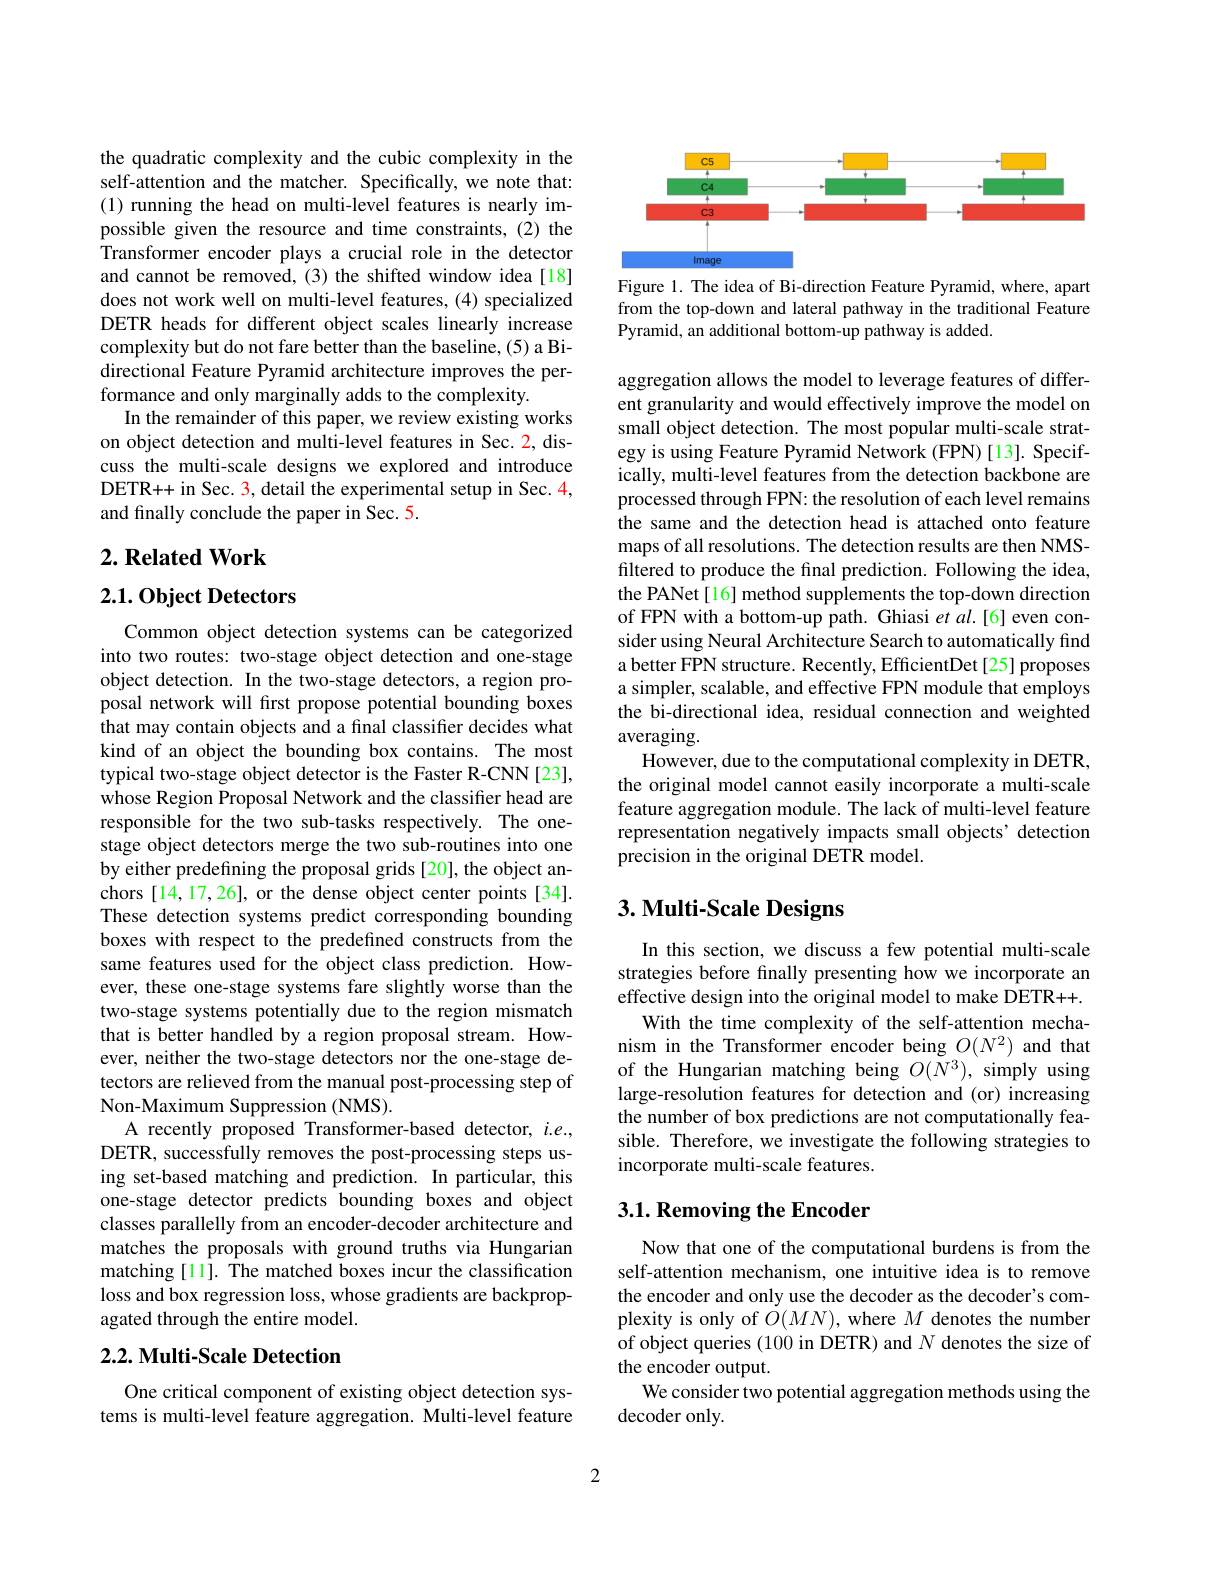
the quadratic complexity and the cubic complexity in the self-attention and the matcher. Specifically, we note that: (1) running the head on multi-level features is nearly impossible given the resource and time constraints, (2) the Transformer encoder plays a crucial role in the detector and cannot be removed, (3) the shifted window idea[18] does not work well on multi-level features, (4) specialized DETR heads for different object scales linearly increase complexity but do not fare better than the baseline, (5) a Bidirectional Feature Pyramid architecture improves the performance and only marginally adds to the complexity.
In the remainder of this paper, we review existing works on object detection and multi-level features in Sec. 2, discuss the multi-scale designs we explored and introduce DETR++ in Sec. 3, detail the experimental setup in Sec. 4, and finally conclude the paper in Sec. 5.

## $2. \textbf{Related Work}$

## $2. 1. \textbf{Object Detectors}$

Common object detection systems can be categorized into two routes: two-stage object detection and one-stage object detection. In the two-stage detectors, a region proposal network will first propose potential bounding boxes that may contain objects and a final classifier decides what kind of an object the bounding box contains. The most typical two-stage object detector is the Faster R-CNN [23], whose Region Proposal Network and the classifier head are responsible for the two sub-tasks respectively. The onestage object detectors merge the two sub-routines into one by either predefining the proposal grids [20], the object anchors [14,17,26], or the dense object center points [34]. These detection systems predict corresponding bounding boxes with respect to the predefined constructs from the same features used for the object class prediction. However, these one-stage systems fare slightly worse than the two-stage systems potentially due to the region mismatch that is better handled by a region proposal stream. However, neither the two-stage detectors nor the one-stage detectors are relieved from the manual post-processing step of Non-Maximum Suppression (NMS).
A recently proposed Transformer-based detector, $i.e.$, DETR, successfully removes the post-processing steps using set-based matching and prediction. In particular, this one-stage detector predicts bounding boxes and object classes parallelly from an encoder-decoder architecture and matches the proposals with ground truths via Hungarian matching [11]. The matched boxes incur the classification loss and box regression loss, whose gradients are backpropagated through the entire model. 2.2. Multi-Scale Detection

One critical component of existing object detection systems is multi-level feature aggregation. Multi-level feature

<FigureHere>

Figure 1. The idea of Bi-direction Feature Pyramid, where, apart from the top-down and lateral pathway in the traditional Feature Pyramid, an additional bottom-up pathway is added.

aggregation allows the model to leverage features of different granularity and would effectively improve the model on small object detection. The most popular multi-scale strategy is using Feature Pyramid Network (FPN)[13]. Specifically, multi-level features from the detection backbone are processed through FPN: the resolution of each level remains the same and the detection head is attached onto feature maps of all resolutions. The detection results are then NMSfiltered to produce the final prediction. Following the idea, the PANet[16] method supplements the top-down direction of FPN with a bottom-up path. Ghiasi et al.[6] even consider using Neural Architecture Search to automatically find a better FPN structure. Recently, EfficientDet[25] proposes a simpler, scalable, and effective FPN module that employs the bi-directional idea, residual connection and weighted averaging.
However, due to the computational complexity in DETR, the original model cannot easily incorporate a multi-scale feature aggregation module. The lack of multi-level feature representation negatively impacts small objects' detection precision in the original DETR model.

## $3. \textbf{Multi- Scale Designs}$

In this section, we discuss a few potential multi-scale strategies before finally presenting how we incorporate an effective design into the original model to make DETR++.
With the time complexity of the self-attention mechanism in the Transformer encoder being $O(N^2)$ and that of the Hungarian matching being $O(N^3)$, simply using large-resolution features for detection and (or) increasing the number of box predictions are not computationally feasible. Therefore, we investigate the following strategies to incorporate multi-scale features.

## $3. 1. \textbf{Removing the Encoder}$

Now that one of the computational burdens is from the self-attention mechanism, one intuitive idea is to remove the encoder and only use the decoder as the decoder's complexity is only of $O(MN)$,where $M$ denotes the number of object queries (100 in DETR) and $N$ denotes the size of the encoder output.
We consider two potential aggregation methods using the
decoder only.

2